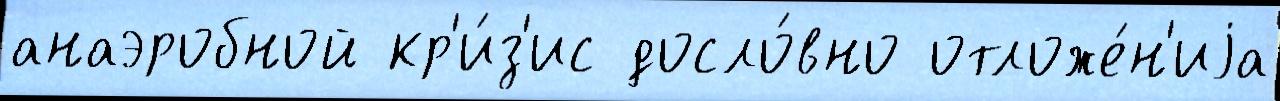
анаэробной кр'и́з'ис досло́вно отложе́н'иjа